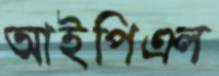
আইপিএল